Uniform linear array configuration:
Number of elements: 8
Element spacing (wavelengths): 0.75
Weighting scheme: cosine
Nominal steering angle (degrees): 15
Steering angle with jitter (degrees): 15.848
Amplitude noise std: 0.05
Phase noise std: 0.05

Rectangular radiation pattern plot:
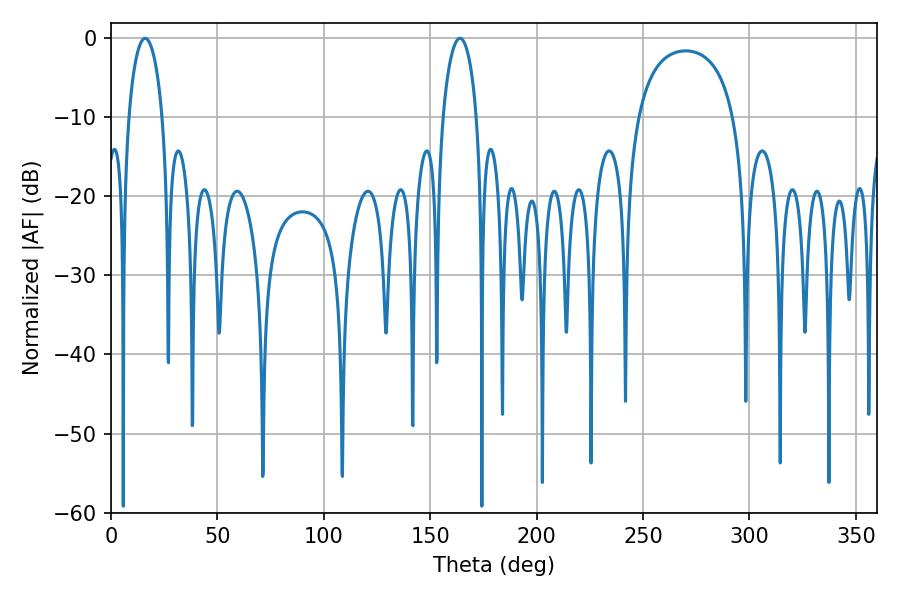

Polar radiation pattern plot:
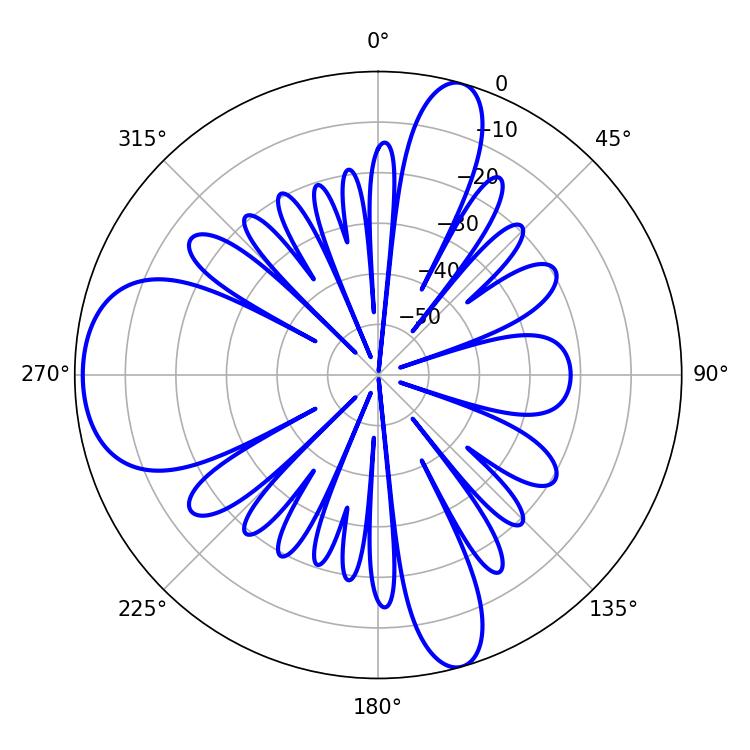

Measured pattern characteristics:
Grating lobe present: TRUE
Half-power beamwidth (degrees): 9.18
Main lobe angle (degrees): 16.02